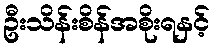
ဦးသိန်းစိန်အစိုးရနှင့်